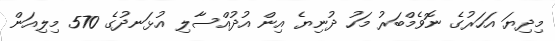
މިދިޔަ އަހަރުގެ ނޮވެމްބަރު މަހު ދުނިޔެ އިން އުދުއްސާލި އުޅަނދުގެ 570 މިލިއަން